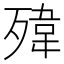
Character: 𱥓